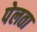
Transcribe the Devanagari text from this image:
पेलता